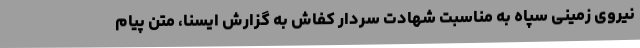
نیروی زمینی سپاه به مناسبت شهادت سردار کفاش به گزارش ایسنا، متن پیام